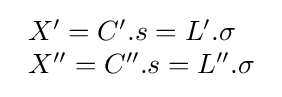
{\begin{array}{l}X'=C'.s=L'.\sigma \\X''=C''.s=L''.\sigma \end{array}}